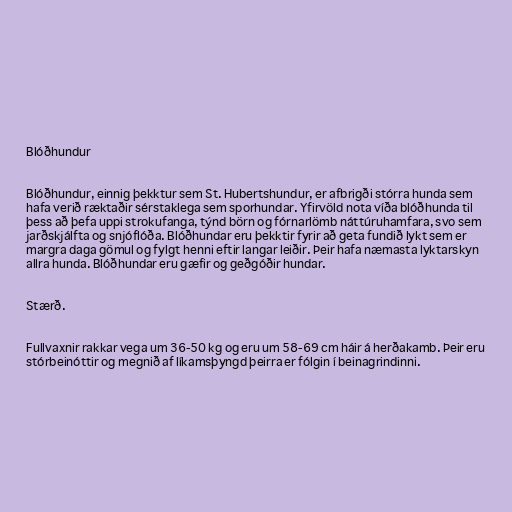
Blóðhundur

Blóðhundur, einnig þekktur sem St. Hubertshundur, er afbrigði stórra hunda sem
hafa verið ræktaðir sérstaklega sem sporhundar. Yfirvöld nota víða blóðhunda til
þess að þefa uppi strokufanga, týnd börn og fórnarlömb náttúruhamfara, svo sem
jarðskjálfta og snjóflóða. Blóðhundar eru þekktir fyrir að geta fundið lykt sem er
margra daga gömul og fylgt henni eftir langar leiðir. Þeir hafa næmasta lyktarskyn
allra hunda. Blóðhundar eru gæfir og geðgóðir hundar.

Stærð.

Fullvaxnir rakkar vega um 36-50 kg og eru um 58-69 cm háir á herðakamb. Þeir eru
stórbeinóttir og megnið af líkamsþyngd þeirra er fólgin í beinagrindinni.